Report of the King Institute of Preventive Medicine, Guindy
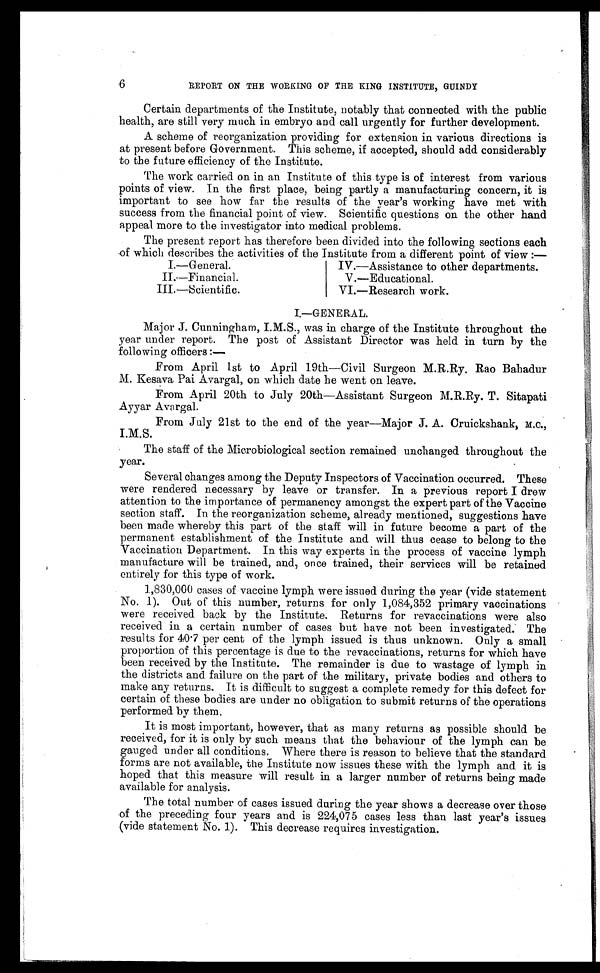
REPORT ON THE WORKING OF THE KING INSTITUTE, GUINDY
Certain departments of the Institute, notably that connected with the public
health, are still very much in embryo and call urgently for further development.
A scheme of reorganization providing for extension in various directions is
at present before Government. This scheme, if accepted, should add considerably
to the future efficiency of the Institute.
The work carried on in an Institute of this type is of interest from various
points of view. In the first place, being partly a manufacturing concern, it is
important to see how far the results of the year's working have met with
success from the financial point of view. Scientific questions on the other hand
appeal more to the investigator into medical problems.
The present report has therefore been divided into the following sections each
of which describes the activities of the Institute from a different point of view:—
I.—General.
IV.—Assistance to other departments.
II.—Financial.
V.— Educational.
III.— Scientific.
VI.—Research work.
I.—GENERAL.
Major J. Cunningham, I.M.S., was in charge of the Institute throughout the
year under report. The post of Assistant Director was held in turn by the
following officers:—
From April 1st to April. 19th—Civil Surgeon M.R.Ry, Rao Bahadur
M. Kesava Pai Avargal, on which date he went on leave.
From April 20th to July 20th—Assistant Surgeon M.R.Ry. T. Sitapati
Ayyar Avargal.
From July 21st to the end of the year— Major J. A. Cruickshank, M.C.,
I.M.S.
The staff of the Microbiological section remained unchanged throughout the
year.
Several changes among the Deputy Inspectors of Vaccination occurred. These
were rendered necessary by leave or transfer. In a previous report I drew
attention to the importance of permanency amongst the expert part of the Vaccine
section staff. In the reorganization scheme, already mentioned, suggestions have
been made whereby this part of the staff will in future become a part of the
permanent establishment of the Institute and will thus cease to belong to the
Vaccination Department. In this way experts in the process of vaccine lymph
manufacture will be trained, and, once trained, their services will be retained
entirely for this type of work.
1,830,000 cases of vaccine lymph were issued during the year (vide statement
No. 1). Out of this number, returns for only 1,084,352 primary vaccinations
were received back by the Institute. Returns for revaccinations were also
received in a certain number of cases but have not been investigated. The
results for 40.7 per cent of the lymph issued is thus unknown. Only a small
proportion of this percentage is due to the revaccinations, returns for which have
been received by the Institute. The remainder is due to wastage of lymph in
the districts and failure on the part of the military, private bodies and others to
make any returns. It is difficult to suggest a complete remedy for this defect for
certain of these bodies are under no obligation to submit returns of the operations
performed by them.
It is most important, however, that as many returns as possible should be
received, for it is only by such means that the behaviour of the lymph can be
gauged under all conditions. Where there is reason to believe that the standard
forms are not available, the Institute now issues these with the lymph and it is
hoped that this measure will result in a larger number of returns being made
available for analysis.
The total number of cases issued during the year shows a decrease over those
of the preceding four years and is 224,075 cases less than last year's issues
(vide statement No. 1). This decrease requires investigation.